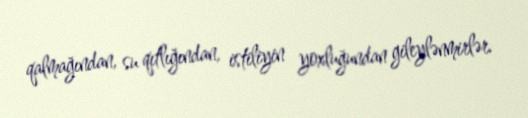
qalmağından, su qıtlığından, istiliyin yoxluğundan gileylənmirlər.